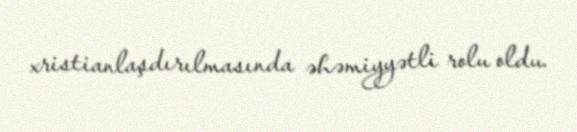
xristianlaşdırılmasında əhəmiyyətli rolu oldu.